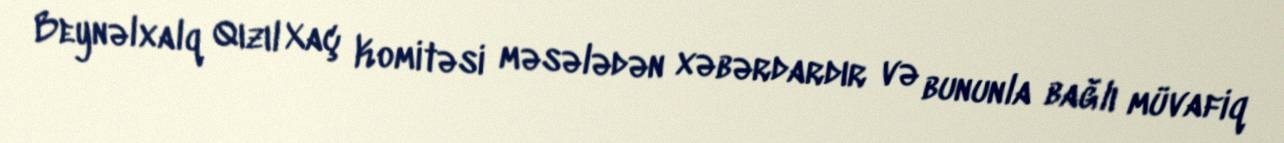
Beynəlxalq Qızıl Xaç Komitəsi məsələdən xəbərdardır və bununla bağlı müvafiq